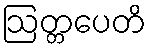
ဩတ္တပေတိ